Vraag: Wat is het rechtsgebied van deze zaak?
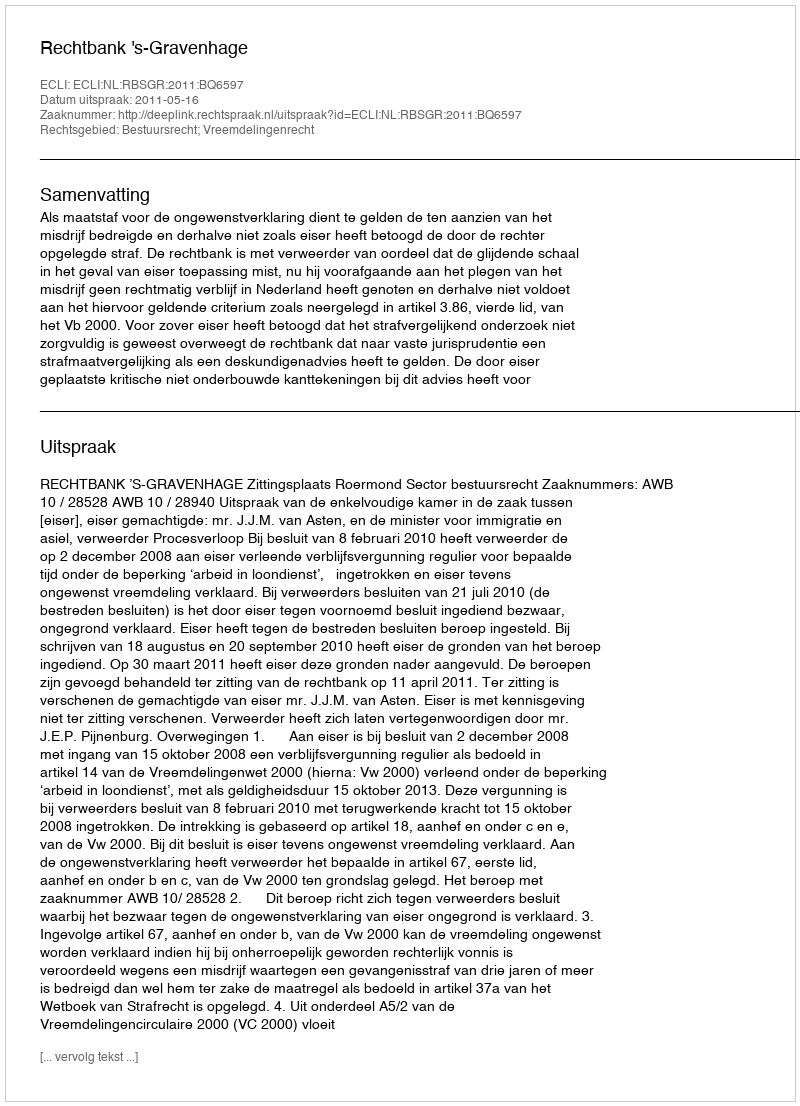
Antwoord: Bestuursrecht; Vreemdelingenrecht